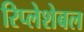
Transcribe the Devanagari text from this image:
रिप्लेशेबल